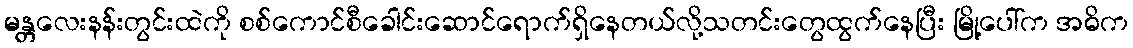
မန္တလေးနန်းတွင်းထဲကို စစ်ကောင်စီခေါင်းဆောင်ရောက်ရှိနေတယ်လို့သတင်းတွေထွက်နေပြီး မြို့ပေါ်က အဓိက